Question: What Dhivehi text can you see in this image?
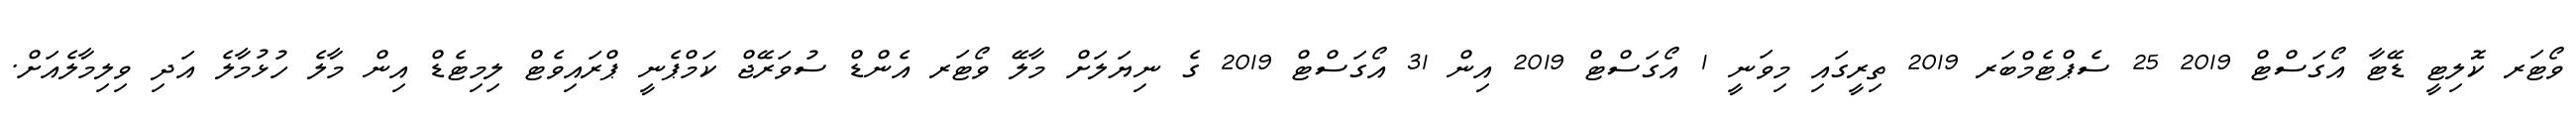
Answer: ވޯޓަރ ކޮލިޓީ ޑޭޓާ އޯގަސްޓް 2019 25 ސެޕްޓެމްބަރ 2019 ތިރީގައި މިވަނީ 1 އޯގަސްޓް 2019 އިން 31 އޯގަސްޓް 2019 ގެ ނިޔަލަށް މާލޭ ވޯޓަރ އެންޑް ސުވަރޭޖް ކަމްޕެނީ ޕްރައިވެޓް ލިމިޓެޑް އިން މާލެ ހުޅުމާލެ އަދި ވިލިމާލެއަށް.